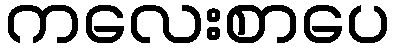
ကလေးစာပေ